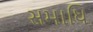
સમાધિ